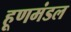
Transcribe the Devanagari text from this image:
हूणमंडल